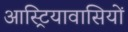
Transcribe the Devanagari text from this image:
आस्ट्रियावासियों